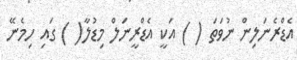
އެޑްރެނަލިން ނުވަތަ ( ) އަކީ އެޑްރީނަލް މިޑުލާ( ) ގައި ހިމެނޭ